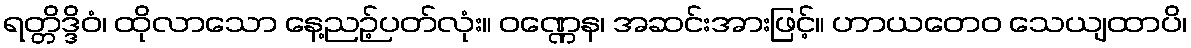
ရတ္တိဒ္ဒိဝံ၊ ထိုလာသော နေ့ညဉ့်ပတ်လုံး။ ဝဏ္ဏေန၊ အဆင်းအားဖြင့်။ ဟာယတေဝ သေယျထာပိ၊